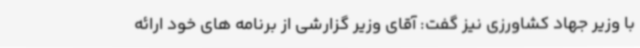
با وزیر جهاد کشاورزی نیز گفت: آقای وزیر گزارشی از برنامه های خود ارائه